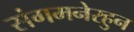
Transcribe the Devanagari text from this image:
संगमनेरहुन